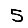
Digit: 5